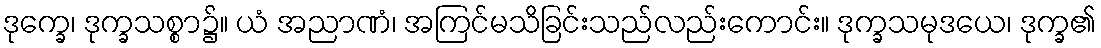
ဒုက္ခေ၊ ဒုက္ခသစ္စာ၌။ ယံ အညာဏံ၊ အကြင်မသိခြင်းသည်လည်းကောင်း။ ဒုက္ခသမုဒယေ၊ ဒုက္ခ၏